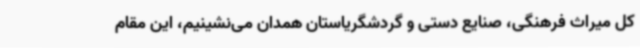
کل میراث فرهنگی، صنایع دستی و گردشگریاستان همدان می‌نشینیم، این مقام